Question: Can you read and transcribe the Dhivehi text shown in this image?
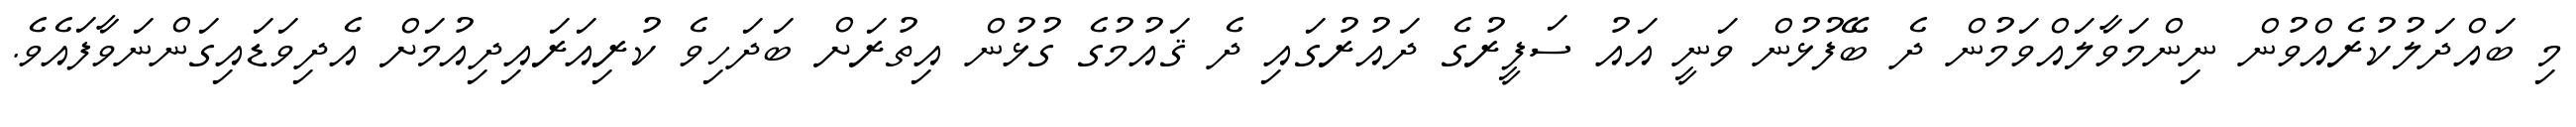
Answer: މި ބައްދަލުކުރެއްވުން ނިންމަވާލައްވަމުން ދެ ބޭފުޅުން ވަނީ އައު ސަފީރުގެ ދައުރުގައި ދެ ޤައުމުގެ ގުޅުން އިތުރަށް ބަދަހިވެ ކުރިއަރައިދިއުމަށް އެދިވަޑައިގަންނަވާފައެވެ.